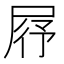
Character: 𡱣